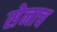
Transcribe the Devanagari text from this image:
सेनाच